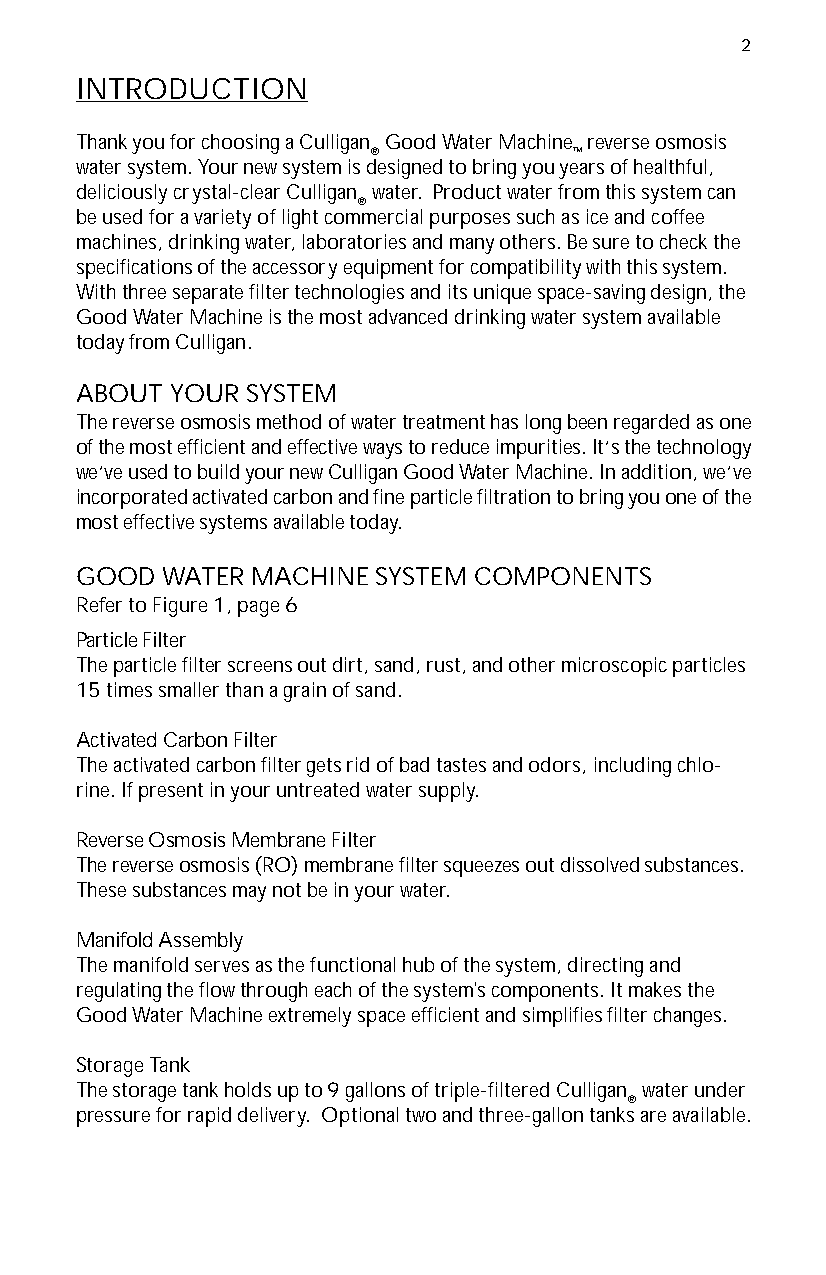
2
 INTRODUCTION
 Thank you for choosing a Culligan Good Water Machine reverse osmosis
 ®             ™
 water system. Your new system is designed to bring you years of healthful,
 deliciously crystal-clear Culligan water. Product water from this system can
 ®
 be used for a variety of light commercial purposes such as ice and coffee
 machines, drinking water, laboratories and many others. Be sure to check the
 specifications of the accessory equipment for compatibility with this system.
 With three separate filter technologies and its unique space-saving design, the
 Good Water Machine is the most advanced drinking water system available
 today from Culligan.
 ABOUT YOUR SYSTEM
 The reverse osmosis method of water treatment has long been regarded as one
 of the most efficient and effective ways to reduce impurities. It’s the technology
 we’ve used to build your new Culligan Good Water Machine. In addition, we’ve
 incorporated activated carbon and fine particle filtration to bring you one of the
 most effective systems available today.
 GOOD  WATER MACHINE SYSTEM COMPONENTS
 Refer to Figure 1, page 6
 Particle Filter
 The particle filter screens out dirt, sand, rust, and other microscopic particles
 15 times smaller than a grain of sand.
 Activated Carbon Filter
 The activated carbon filter gets rid of bad tastes and odors, including chlo-
 rine. If present in your untreated water supply.
 Reverse Osmosis Membrane Filter
 The reverse osmosis (RO) membrane filter squeezes out dissolved substances.
 These substances may not be in your water.
 Manifold Assembly
 The manifold serves as the functional hub of the system, directing and
 regulating the flow through each of the system's components. It makes the
 Good Water Machine extremely space efficient and simplifies filter changes.
 Storage Tank
 The storage tank holds up to 9 gallons of triple-filtered Culligan water under
 ®
 pressure for rapid delivery. Optional two and three-gallon tanks are available.